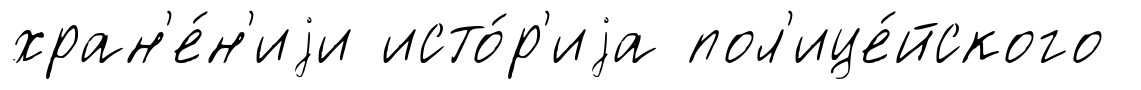
хран'е́н'иjи исто́р'иjа пол'ице́йского